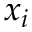
x _ { i }